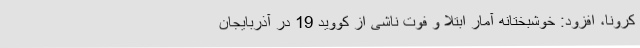
کرونا، افزود: خوشبختانه آمار ابتلا و فوت ناشی از کووید 19 در آذربایجان